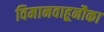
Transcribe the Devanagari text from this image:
विमानवाहूनौका